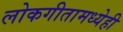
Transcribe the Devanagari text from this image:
लोकगीतामध्येही